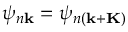
\psi _ { n \mathbf { k } } = \psi _ { n ( \mathbf { k + K } ) }